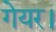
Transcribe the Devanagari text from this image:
गेयर।